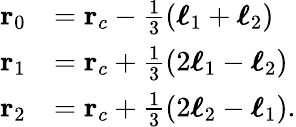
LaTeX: \begin{array}{rl}{\mathbf{r}_{0}}&{=\mathbf{r}_{c}-\frac{1}{3}(\boldsymbol{\ell}_{1}+\boldsymbol{\ell}_{2})}\\ {\mathbf{r}_{1}}&{=\mathbf{r}_{c}+\frac{1}{3}(2\boldsymbol{\ell}_{1}-\boldsymbol{\ell}_{2})}\\ {\mathbf{r}_{2}}&{=\mathbf{r}_{c}+\frac{1}{3}(2\boldsymbol{\ell}_{2}-\boldsymbol{\ell}_{1}).}\end{array}